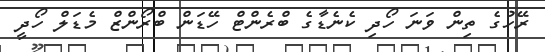
ރޭހުގެ ތިން ވަނަ ހޯދި ކެނެޑާގެ ބްރެންޓް ހޭޑަން ބްރޯންޒް މެޑަލް ހޯދީ